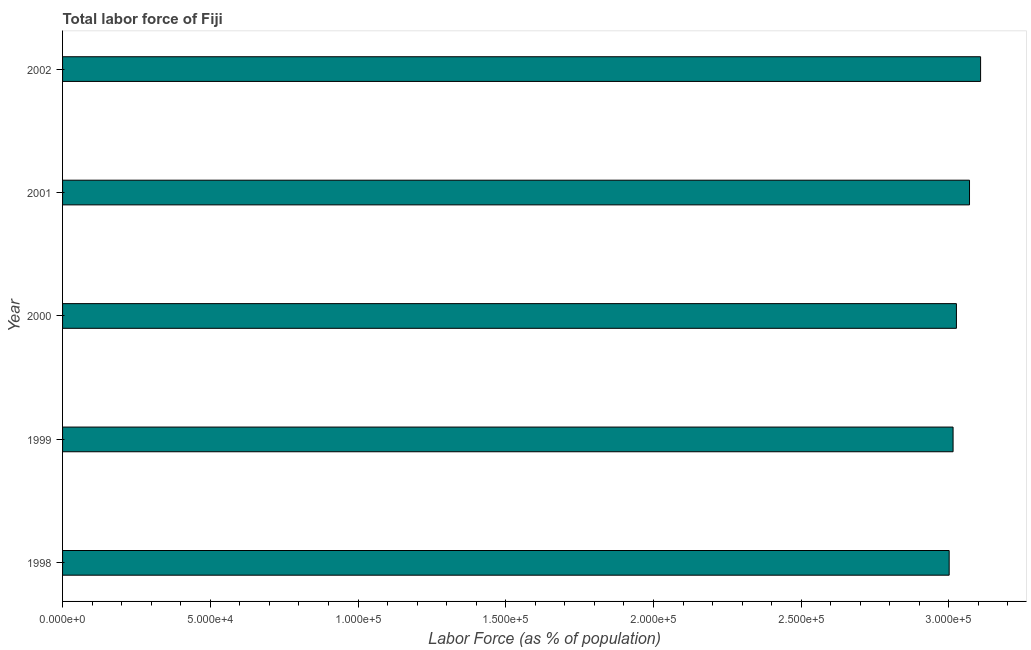
| Year | Labor force |
 | --- | --- |
 | 1998 | 3e+05 |
 | 1999 | 3.01e+05 |
 | 2000 | 3.03e+05 |
 | 2001 | 3.07e+05 |
 | 2002 | 3.11e+05 |